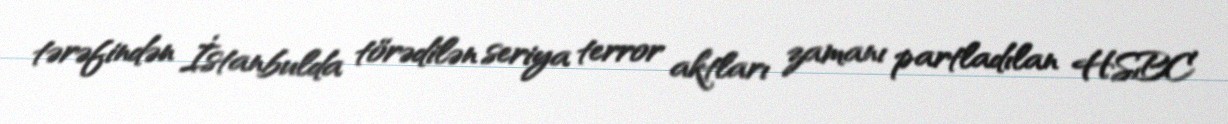
tərəfindən İstanbulda törədilən seriya terror aktları zamanı partladılan HSBC